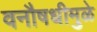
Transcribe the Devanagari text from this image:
वनौषधीमुळे